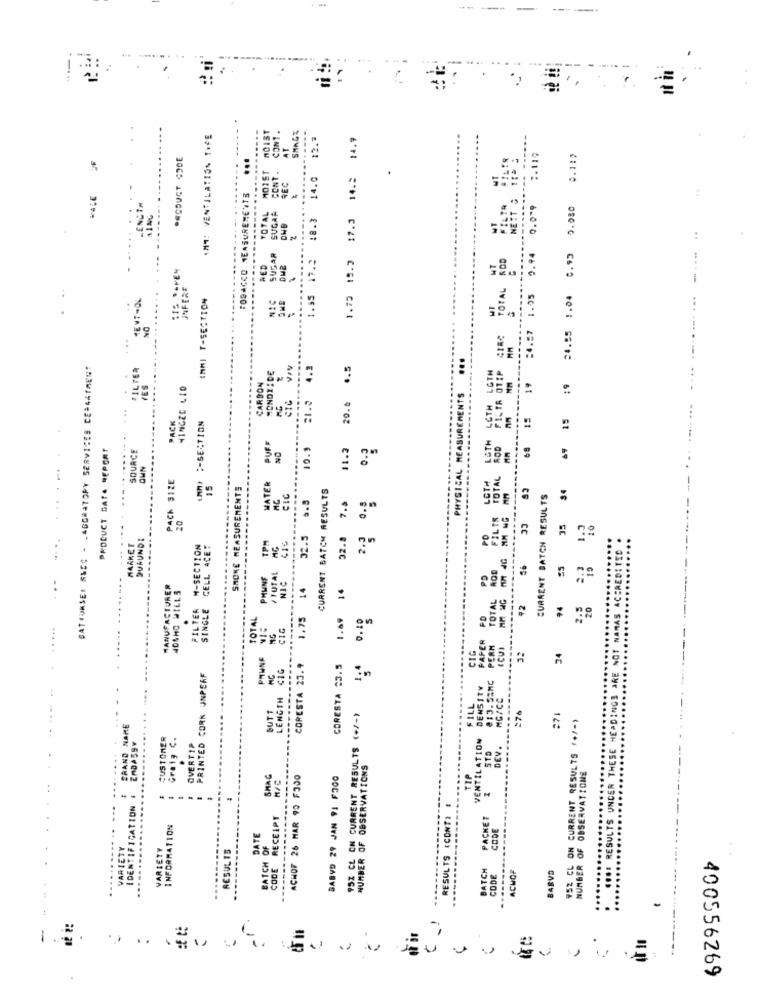
-
---.
IM *: VENTILATION TYPE
MOIST
CONT .
SMAGE
12.7
1.73 15.3 17.3 14.3 14.9
AT
...
0.119
CONT.
MOIST
...
VALE
TOBACCO MEASUREMENTS
17.2 18.3 1
ENGIN
--...
TOTAL
.---...
0.0"
15 19 24.55 1.04 0.93 0.080
SUGAR
2.94
...
RED
DMZ
UNFERE
-----
24.57 1.05
IMMI T-SECTION
NIC
1.55
..
BATIUMSEI R&EC - LABORATORY SERVICES CE=4ATMEN!
FILTER
VIV
4.3
.. 5
TOTAL ROD FILTR OTEM
HONDY: DE
YES
HINGED LID
CARBON
19
21.0
PHYSICAL MEASUREMENTS
.....
... ...
20.4
PACK
15
IMMI :- SECTION
LETH
PRODUCT BATA REPORT
SOURCE
10.9
11.2
68
69
...
NO
.......
OWN
PACK SIZE
LOTH
15
SMOKE MEASUREMENTS
WATER
CURRENT BATCH RESULTS
-.
34
CIC
2.3 0.8
CURRENT BATCH RESULTS
32.5 6.3
32.8 7.5
7.ª
FILTR
35
1.3
10
MARKET
DURUNDI
TPM
PD
CC
FILTER M-SECTION
SINGLE CELL ACET
416
ROD
SS
PMUNF
TOTAL
NIC
PD
MANUFACTURER
NOSHD WILLS
14
14
TOTAL
#2
2.3
20
1.75
1.69
0.10
S
PD
CIG
PAPER
PERM
PMUNE
CIG
34
CIG
CORESTA 23.9
CORESTA 23.5
PRINTED CORK UNPERF
WC
DENSITY
813.5=MC
LENGTH
FILL
MG/CC
BUTT
95% CL ON CURRENT RESULTS (+/-)
=76
952 CL ON CURRENT RESULTS (+/-)
BRAND NAME
CUSTOMER
Graty C.
VENTILATION
EnDASSY
OVERTIP
DEV.
NUMBER OF OBSERVATIONS
NUMBER OF OBSERVATIONS
SMAG
ACHOF 26 MAR 90 F330
BABVD 29 JAN 91 F300
TIP
..
IDENTIFICATION #
----
RECEIPT
RESULTS (CONT)
PACKET
INFORMATION
CODE
DATE
VARIETY
VARIETY
RESUL 15
BATCH OF
-----
CODE
BATCH
BARVO
CODE
ACHOF
-
1